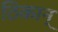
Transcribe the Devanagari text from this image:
ठिकान्